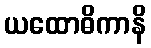
ယထောဓိကာနိ